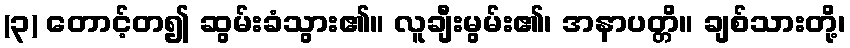
(၃) တောင့်တ၍ ဆွမ်းခံသွား၏။ လူချီးမွမ်း၏၊ အနာပတ္တိ။ ချစ်သားတို့၊